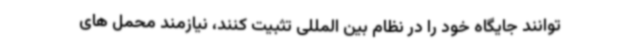
توانند جایگاه خود را در نظام بین المللی تثبیت کنند، نیازمند محمل های